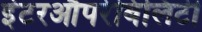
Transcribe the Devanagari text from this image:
इंटरऔपरेबिलिटी